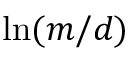
\ln ( m / d )